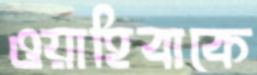
ওয়াহিবাকে